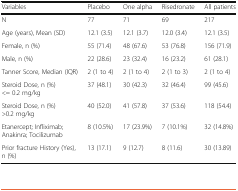
| Variables | Placebo | One alpha | Risedronate | All patients |
 | --- | --- | --- | --- | --- |
 | N | 77 | 71 | 69 | 217 |
 | Age (years), Mean (SD) | 12.1 (3.5) | 12.1 (3.7) | 12.0 (3.4) | 12.1 (3.5) |
 | Female, n (%) | 55 (71.4) | 48 (67.6) | 53 (76.8) | 156 (71.9) |
 | Male, n (%) | 22 (28.6) | 23 (32.4) | 16 (23.2) | 61 (28.1) |
 | Tanner Score, Median (IQR) | 2 (1 to 4) | 2 (1 to 4) | 2 (1 to 3) | 2 (1 to 4) |
 | Steroid Dose, n (%)<= 0.2 mg/kg | 37 (48.1) | 30 (42.3) | 32 (46.4) | 99 (45.6) |
 | Steroid Dose, n (%)>0.2 mg/kg | 40 (52.0) | 41 (57.8) | 37 (53.6) | 118 (54.4) |
 | Etanercept; Infliximab; Anakinra; Tocilizumab | 8 (10.5%) | 17 (23.9%) | 7 (10.1%) | 32 (14.8%) |
 | Prior fracture History (Yes), n (%) | 13 (17.1) | 9 (12.7) | 8 (11.6) | 30 (13.89) |